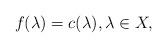
LaTeX: \begin{align*}f(\lambda)=c(\lambda),\lambda\in X,\end{align*}